Indian journal of veterinary science and animal husbandry - Volume 10,
Year: 1940
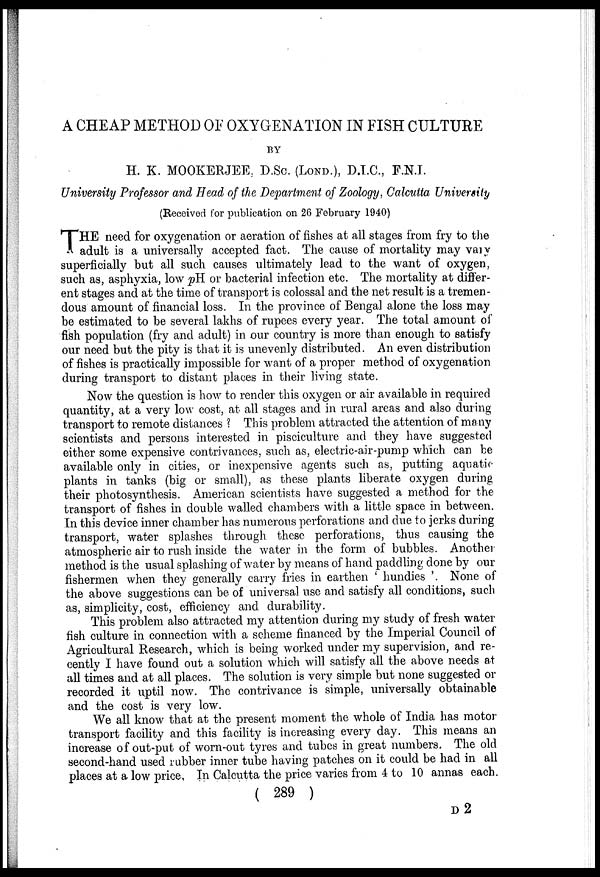
A CHEAP METHOD OF OXYGENATION IN FISH CULTURE
BY
H. K. MOOKERJEE, D.Sc. (LOND.), D.I.C, F.N.I.
University Professor and Head of the Department of Zoology, Calcutta University
(Received for publication on 26 February 1940)
T HE need for oxygenation or aeration of fishes at all stages from fry to the
adult is a universally accepted fact. The cause of mortality may vary
superficially but all such causes ultimately lead to the want of oxygen,
such as, asphyxia, low pH or bacterial infection etc. The mortality at differ-
ent stages and at the time of transport is colossal and the net result is a tremen-
dous amount of financial loss. In the province of Bengal alone the loss may
be estimated to be several lakhs of rupees every year. The total amount of
fish population (fry and adult) in our country is more than enough to satisfy
our need but the pity is that it is unevenly distributed. An even distribution
of fishes is practically impossible for want of a proper method of oxygenation
during transport to distant places in their living state.
Now the question is how to render this oxygen or air available in required
quantity, at a very low cost, at all stages and in rural areas and also during
transport to remote distances ? This problem attracted the attention of many
scientists and persons interested in pisciculture and they have suggested
either some expensive contrivances, such as, electric-air-pump which can be
available only in cities, or inexpensive agents such as, putting aquatic
plants in tanks (big or small), as these plants liberate oxygen during
their photosynthesis. American scientists have suggested a method for the
transport of fishes in double walled chambers with a little space in between.
In this device inner chamber has numerous perforations and due to jerks during
transport, water splashes through these perforations, thus causing the
atmospheric air to rush inside the water in the form of bubbles. Another
method is the usual splashing of water by means of hand paddling done by our
fishermen when they generally carry fries in earthen ' hundies '. None of
the above suggestions can be of universal use and satisfy all conditions, such
as, simplicity, cost, efficiency and durability.
This problem also attracted my attention during my study of fresh water
fish culture in connection with a scheme financed by the Imperial Council of
Agricultural Research, which is being worked under my supervision, and re-
cently I have found out a solution which will satisfy all the above needs at
all times and at all places. The solution is very simple but none suggested or
recorded it uptil now. The contrivance is simple, universally obtainable
and the cost is very low.
We all know that at the present moment the whole of India has motor
transport facility and this facility is increasing every day. This means an
increase of out-put of worn-out tyres and tubes in great numbers. The old
second-hand used rubber inner tube having patches on it could be had in all
places at a low price, In Calcutta the price varies from 4 to 10 annas each.
( 289 )
D 2